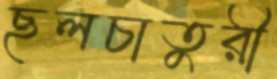
ছলচাতুরী